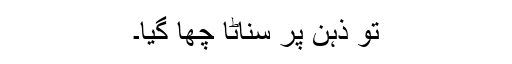
تو ذہن پر سناٹا چھا گیا۔